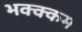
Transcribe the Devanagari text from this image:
भक्‍क्‍कम